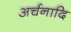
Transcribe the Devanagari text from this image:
अर्चनादि